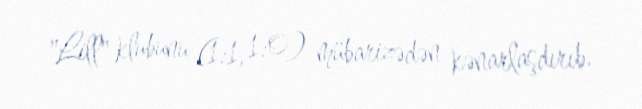
"Lill" klubunu (1:1, 1:0) mübarizədən kənarlaşdırıb.